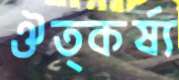
ঔত্কর্ষ্য